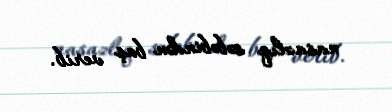
nasazlıq səbəbindən baş verib.